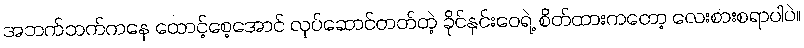
အဘက်ဘက်ကနေ ထောင့်စေ့အောင် လုပ်ဆောင်တတ်တဲ့ ခိုင်နှင်းဝေရဲ့ စိတ်ထားကတော့ လေးစားစရာပါပဲ။